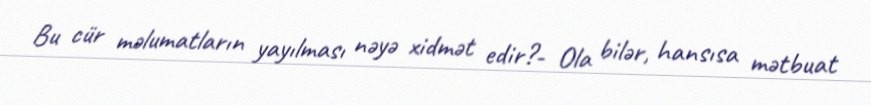
Bu cür məlumatların yayılması nəyə xidmət edir?- Ola bilər, hansısa mətbuat